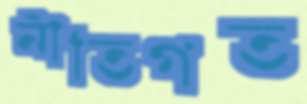
নীতিগত